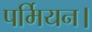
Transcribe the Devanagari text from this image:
पर्मियन।